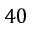
4 0